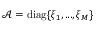
\mathcal { A } = \mathrm { d i a g } \{ \xi _ { 1 } , . . . , \xi _ { M } \}